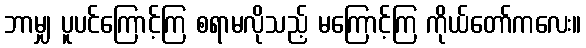
ဘာမျှ ပူပင်ကြောင့်ကြ စရာမလိုသည့် မကြောင့်ကြ ကိုယ်တော်ကလေး။